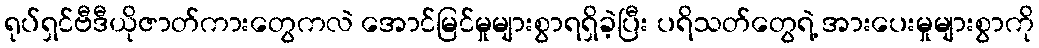
ရုပ်ရှင်ဗီဒီယိုဇာတ်ကားတွေကလဲ အောင်မြင်မှုများစွာရရှိခဲ့ပြီး ပရိသတ်တွေရဲ့ အားပေးမှုများစွာကို